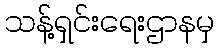
သန့်ရှင်းရေးဌာနမှ